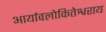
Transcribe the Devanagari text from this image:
आर्यावलोकितेश्वराय